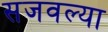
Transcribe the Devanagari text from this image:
सजवल्या